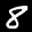
Label: 8